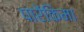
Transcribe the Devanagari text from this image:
पारेंकिमा